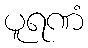
ပူရဏံ